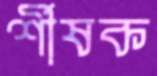
র্শীষক